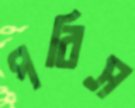
পবিস